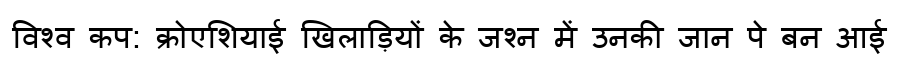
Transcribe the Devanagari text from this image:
विश्व कप: क्रोएशियाई खिलाड़ियों के जश्न में उनकी जान पे बन आई